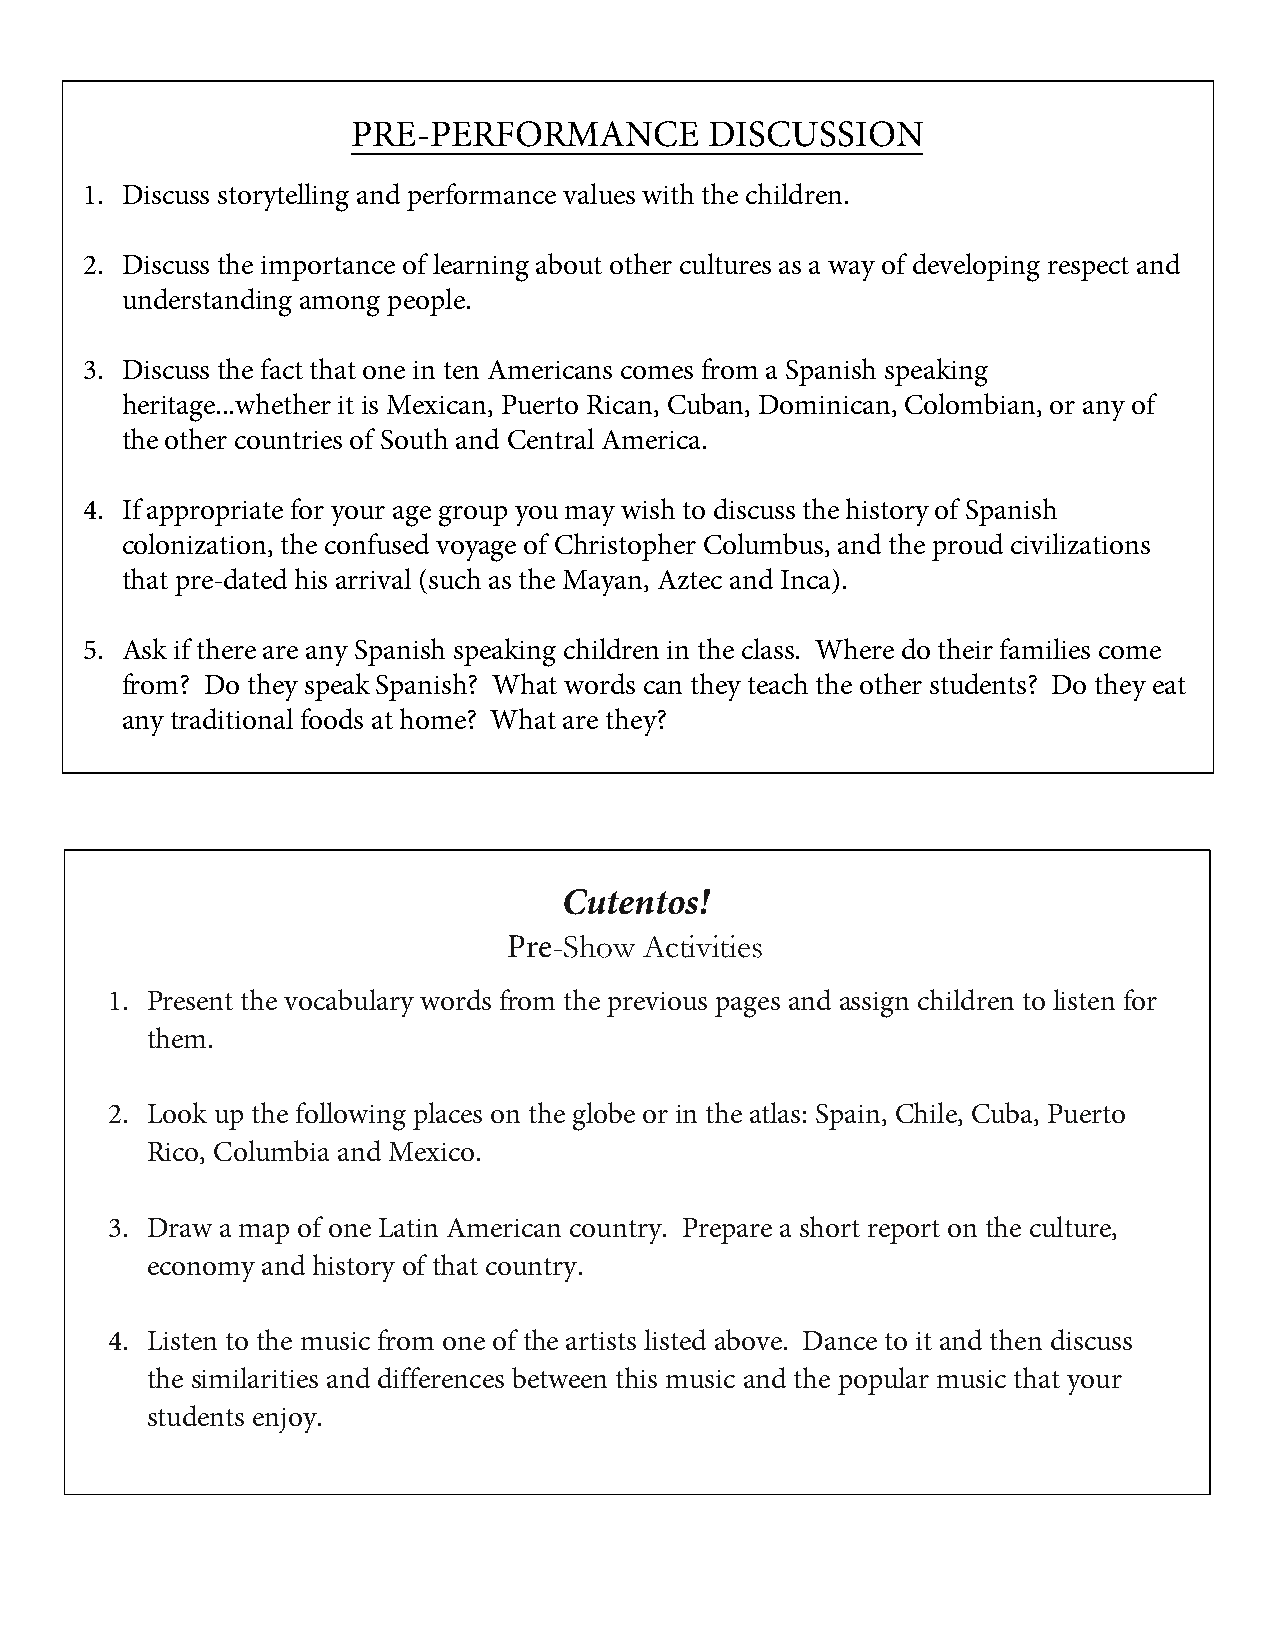
PRE-PERFORMANCE         DISCUSSION
 1. Discuss storytelling and performance values with the children.
 2. Discuss the importance of learning about other cultures as a way of developing respect and
 understanding among people.
 3. Discuss the fact that one in ten Americans comes from a Spanish speaking
 heritage...whether it is Mexican, Puerto Rican, Cuban, Dominican, Colombian, or any of
 the other countries of South and Central America.
 4. If appropriate for your age group you may wish to discuss the history of Spanish
 colonization, the confused voyage of Christopher Columbus, and the proud civilizations
 that pre-dated his arrival (such as the Mayan, Aztec and Inca).
 5. Ask if there are any Spanish speaking children in the class. Where do their families come
 from? Do they speak Spanish? What words can they teach the other students? Do they eat
 any traditional foods at home? What are they?
 Cutentos!
 Pre-Show Activities
 1. Present the vocabulary words from the previous pages and assign children to listen for
 them.
 2. Look up the following places on the globe or in the atlas: Spain, Chile, Cuba, Puerto
 Rico, Columbia and Mexico.
 3. Draw a map of one Latin American country. Prepare a short report on the culture,
 economy and history of that country.
 4. Listen to the music from one of the artists listed above. Dance to it and then discuss
 the similarities and differences between this music and the popular music that your
 students enjoy.